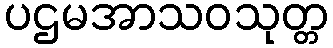
ပဌမအာသဝသုတ္တ